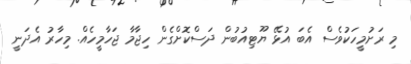
މި ރަށުމީހަކުވެސް އެބަ އުޅޭ ޔޫޓިއުބުން ދަސްކޮށްގެން ހިޖާމާ ޖަހާމީހެއް. މިހާރު އެދަނީ